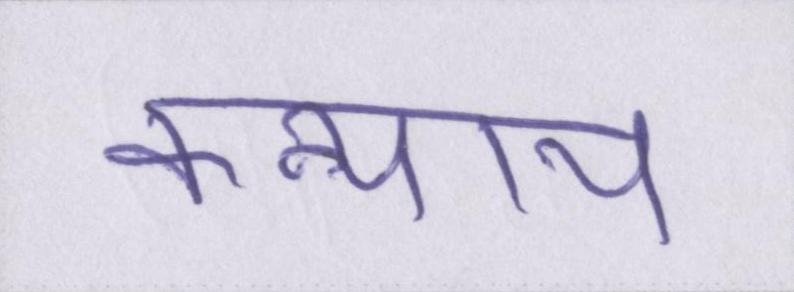
कन्याय